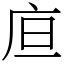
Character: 㡺